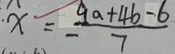
x = \frac { 9 a + 4 b - 6 } { 7 }